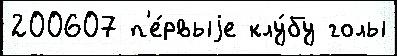
200607 п'е́рвыjе клу́бу голы